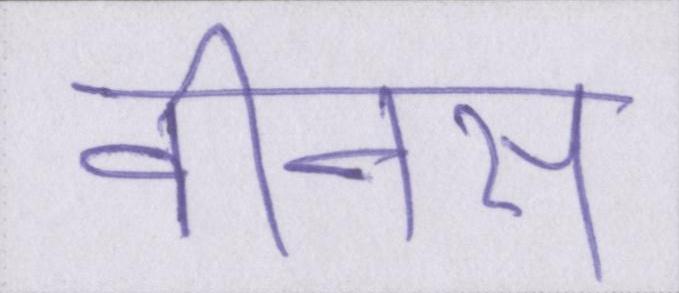
वीनस